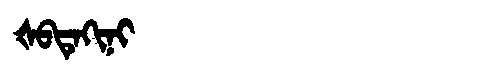
Manchu: ᡧᠪᡨᡝᡴᡳᠨᡳ
Romanization: ŠBTEKINI